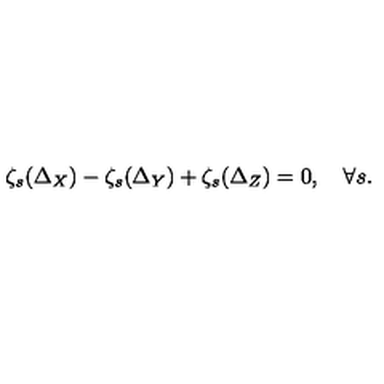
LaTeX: \zeta _ { s } ( \Delta _ { X } ) - \zeta _ { s } ( \Delta _ { Y } ) + \zeta _ { s } ( \Delta _ { Z } ) = 0 , \quad \forall s .